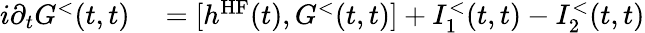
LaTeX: \begin{array}{rl}{i\partial_{t}G^{<}(t,t)}&{{}=[h^{\textrm{HF}}(t),G^{<}(t,t)]+I_{1}^{<}(t,t)-I_{2}^{<}(t,t)}\end{array}